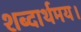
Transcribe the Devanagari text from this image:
शब्दार्थमय।